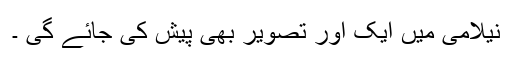
نیلامی میں ایک اور تصویر بھی پیش کی جائے گی ۔